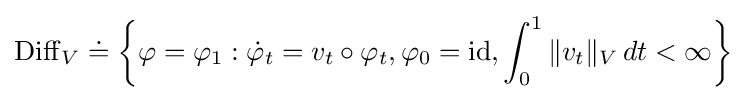
\operatorname {Diff} _{V}\doteq \left\{\varphi =\varphi _{1}:{\dot {\varphi }}_{t}=v_{t}\circ \varphi _{t},\varphi _{0}=\operatorname {id} ,\int _{0}^{1}\|v_{t}\|_{V}\,dt<\infty \right\}